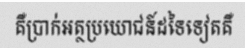
គឺប្រាក់អត្ថប្រយោជន៍ដទៃទៀតគឺ